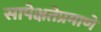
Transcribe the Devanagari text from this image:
सापेक्षतेप्रमाणे